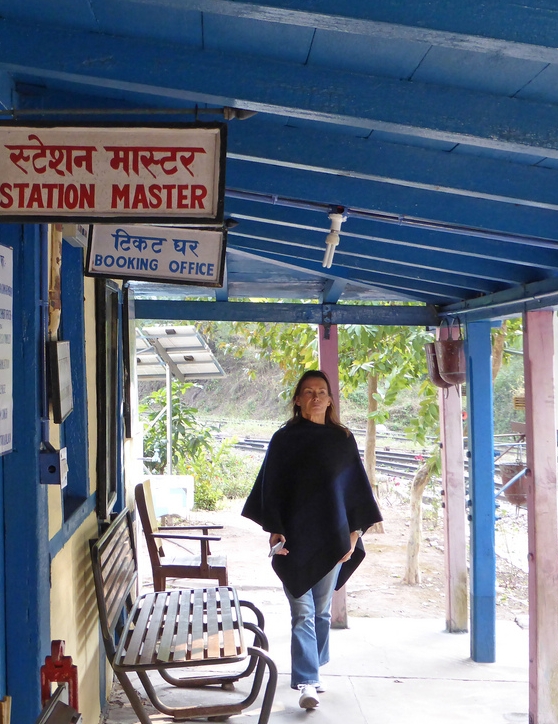
Language: hindi
Transcription: स्टेशन मास्टर टिकट घर